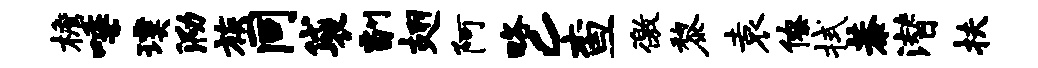
檐唾璞泐族同袋副翅阿略c查徼黎袁僚拭恭潜扶